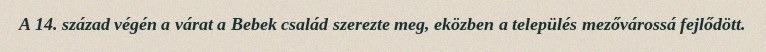
A 14. század végén a várat a Bebek család szerezte meg, eközben a település mezővárossá fejlődött.